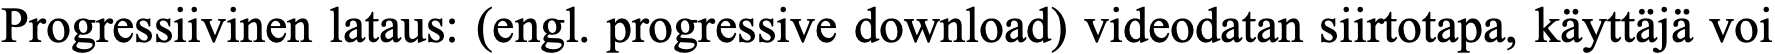
Progressiivinen lataus: (engl. progressive download) videodatan siirtotapa, käyttäjä voi